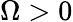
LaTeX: \Omega>0